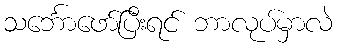
သင်္ဘောဖော်ပြီးရင် ဘာလုပ်မှာလဲ